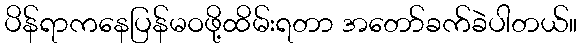
ပိန်ရာကနေပြန်မဝဖို့ထိမ်းရတာ အတော်ခက်ခဲပါတယ်။